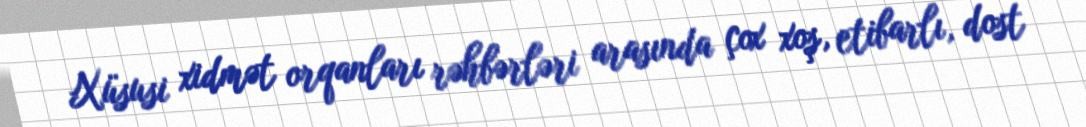
Xüsusi xidmət orqanları rəhbərləri arasında çox xoş, etibarlı, dost